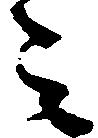
之